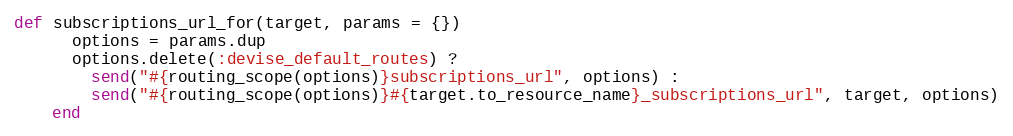
Language: Ruby
def subscriptions_url_for(target, params = {})
      options = params.dup
      options.delete(:devise_default_routes) ?
        send("#{routing_scope(options)}subscriptions_url", options) :
        send("#{routing_scope(options)}#{target.to_resource_name}_subscriptions_url", target, options)
    end